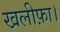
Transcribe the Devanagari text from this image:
खलीफ़ा।